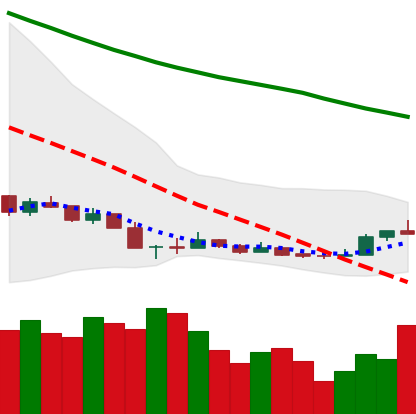
Ticker: NEO-USD
Chart end date: 2018-12-19
Forward return: 26.468%
Label: up_7plus